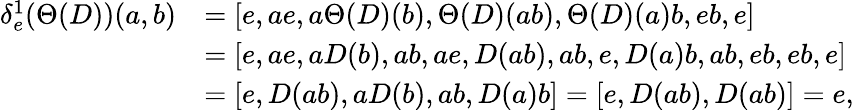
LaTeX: \begin{array}{rl}{\delta_{e}^{1}(\Theta(D))(a,b)}&{=[e,ae,a\Theta(D)(b),\Theta(D)(ab),\Theta(D)(a)b,eb,e]}\\ &{=[e,ae,aD(b),ab,ae,D(ab),ab,e,D(a)b,ab,eb,eb,e]}\\ &{=[e,D(ab),aD(b),ab,D(a)b]=[e,D(ab),D(ab)]=e,}\end{array}